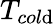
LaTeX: T_{col\mathrm{d}}